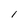
Character: 1